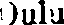
Oulu